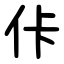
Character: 佧